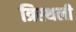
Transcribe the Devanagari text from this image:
त्रिस्थली